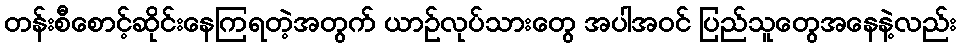
တန်းစီစောင့်ဆိုင်းနေကြရတဲ့အတွက် ယာဉ်လုပ်သားတွေ အပါအဝင် ပြည်သူတွေအနေနဲ့လည်း